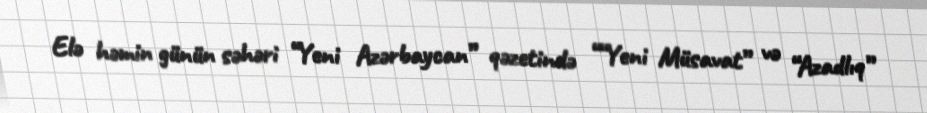
Elə həmin günün səhəri “Yeni Azərbaycan” qəzetində ““Yeni Müsavat” və “Azadlıq”